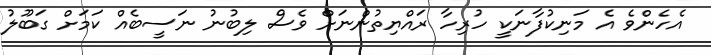
އެހެންވެ އެ މަނިކުފާނަކީ ހުރިހާ ރައްޔިތުންނަށް ވެސް ލިބުނު ނަސީބެއް ކަމަށް ގަބޫލު